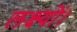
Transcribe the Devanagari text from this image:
लक्ष्यों।